Vaccine operations Central Provinces 1868-1885 - 1868-1885
Year: 1868
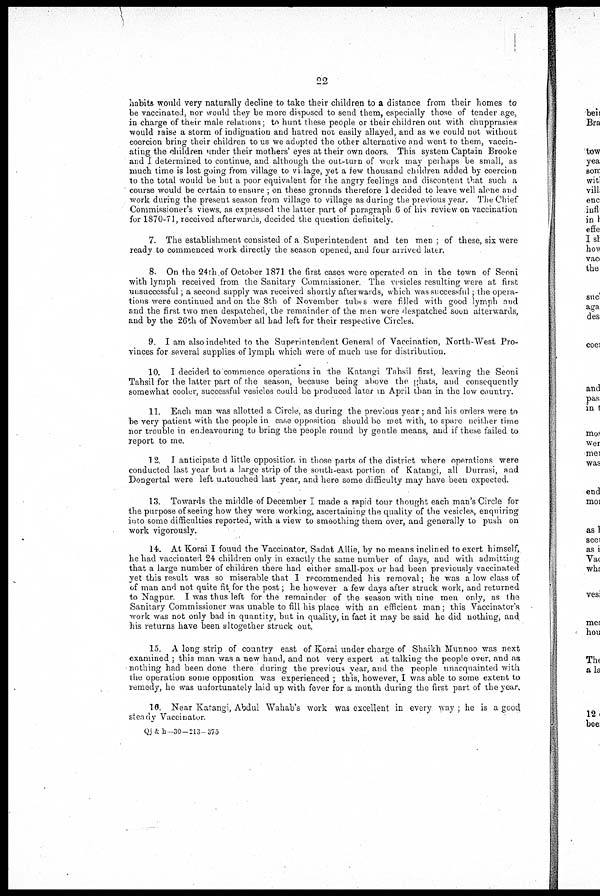
22
habits would very naturally decline to take their children to a distance from their homes to
be vaccinated, nor would they be more disposed to send them, especially those of tender age,
in charge of their male relations; to hunt these people or their children out with chupprasies
would raise a storm of indignation and hatred not easily allayed, and as we could not without
coercion bring their children to us we adopted the other alternative and went to them, vaccin-
ating the children under their mothers' eyes at their own doors. This system Captain Brooke
and I determined to continue, and although the out-turn of work may perhaps be small, as
much time is lost going from village to village, yet a few thousand children added by coercion
to the total would be but a poor equivalent for the angry feelings and discontent that such a
course would be certain to ensure ; on these gronnds therefore 1 decided to leave well alone and
work during the present season from village to village as during the previous year. The Chief
Commissioner's views, as expressed the latter part of paragraph 6 of his review on vaccination
for 1870-71, received afterwards, decided the question definitely.
7. The establishment consisted of a Superintendent and ten men ; of these, six were
ready to commenced work directly the season opened, and four arrived later.
8. On the 24th of October 1871 the first cases were operated on in the town of Seoni
with lymph received from the Sanitary Commissioner. The vesicles resulting were at first
unsuccessful; a second supply was received shortly after wards, which was successful; the opera-
tions were continued and on the 8th of November tubes were filled with good lymph and
and the first two men despatched, the remainder of the men were despatched soon afterwards,
and by the 26th of November all bad left for their respective Circles.
9. I am also indebted to the Superintendent General of Vaccination, North-West Pro-
vinces for several supplies of lymph which were of much use for distribution.
10. I decided to commence operations in the Katangi Tahsil first, leaving the Seoni
Tahsil for the latter part of the season, because being above the ghats, and consequently
somewhat cooler, successful vesicles could be produced later in April than in the low country.
11. Each man was allotted a Circle, as during the previous year; and his orders were to
be very patient with the people in case opposition should be met with, to spare neither time
nor trouble in endeavouring to bring the people round by gentle means, and if these failed to
report to me.
12. I anticipate d little opposition in those parts of the district where operations were
conducted last year but a large strip of the south-east portion of Katangi, all Durrasi, and
Dongertal were left untouched last year, and here some difficulty may have been expected.
13. Towards the middle of December I made a rapid tour thought each man's Circle for
the purpose of seeing how they were working, ascertaining the quality of the vesicles, enquiring
into some difficulties reported, with a view to smoothing them over, and generally to push on
work vigorously.
14. At Korai I found the Vaccinator, Sadat Allie, by no means inclined to exert himself,
he had vaccinated 24 children only in exactly the same number of days, and with admitting
that a large number of children there had either small-pox or had been previously vaccinated
yet this result was so miserable that I recommended his removal; he was a low class of
of man and not quite fit for the post; he however a few days after struck work, and returned
to Nagpur. I was thus left for the remainder of the season with nine men only as the
Sanitary Commissioner was unable to fill his place with an efficient man ; this Vaccinator's
work was not only bad in quantity, but in quality, in fact it may be said he did nothing, and
his returns have been altogether struck out.
15. A long strip of country east of Korai under charge of Shaikh Munnoo was next
examined ; this man was a new hand, and not very expert at talking the people over, and as;
nothing had been done there during the previous year, and the people unacquainted with
the operation some opposition was experienced ; this, however, I was able to some extent to
remedy, he was unfortunately laid up with fever for a month during the first part of the year.
16. Near Katangi, Abdul Wahab's work was excellent in every way; he is a good
steady Vaccinator
Qj&h -30-213- 375